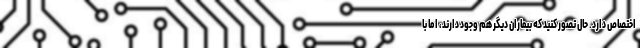
اختصاص دارد. حال تصور کنید که بیماران دیگر هم وجود دارند، اما با